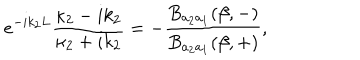
e ^ { - i k _ { 2 } L } \frac { \kappa _ { 2 } - i k _ { 2 } } { \kappa _ { 2 } + i k _ { 2 } } = - \frac { B _ { a _ { 2 } a _ { 1 } } ( \beta , - ) } { B _ { a _ { 2 } a _ { 1 } } ( \beta , + ) } ,